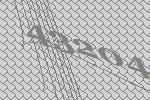
43204